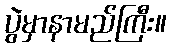
ပွဲမှာနာမည်ကြီး။